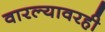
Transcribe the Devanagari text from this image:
वारल्यावरही